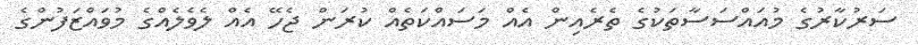
ސަރުކާރުގެ މުއައްސަސާތަކުގެ ތެރެއިން އެއް މަސައްކަތެއް ކުރަން ޖެހޭ އެއް ލެވެލެއްގެ މުވައްޒަފުންގެ